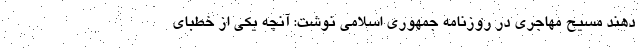
دهند مسیح مهاجری در روزنامه جمهوری اسلامی نوشت: آنچه یکی از خطبای